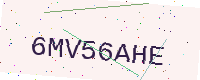
Text: 6MV56AHE